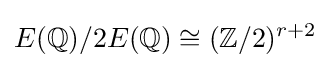
E(\mathbb {Q} )/2E(\mathbb {Q} )\cong (\mathbb {Z} /2)^{r+2}